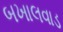
બખાલવાડ